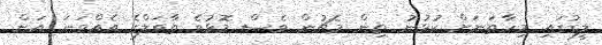
ލީގުގައި މިހާތަނަށް ކުޅުނު ތިން މެޗުން ވެސް މޮޅުވެ ތާވަލްގެ އެއްވަނަ އަށް